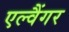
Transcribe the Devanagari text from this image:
एल्वैंगर